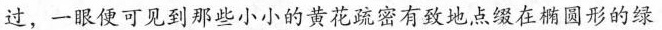
过，一眼便可见到那些小小的黄花疏密有致地点缀在椭圆形的绿